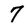
Character: 7